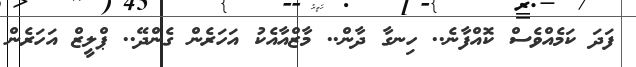
ފަދަ ކަމެއްވެސް ކޮއްފާނެ.. ހިނގާ ދާން.. މާޒްއާއެކު އަހަރެން ގެންދޭ.. ޕްލީޒް އަހަރެން